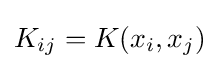
K_{ij}=K(x_{i},x_{j})